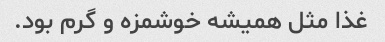
غذا مثل همیشه خوشمزه و گرم بود.